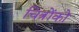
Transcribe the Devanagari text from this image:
चित्रोंको